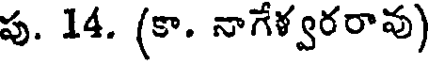
పు. 14. (కా. నాగేళ్వరరావు)